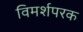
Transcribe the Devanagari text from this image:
विमर्शपरक